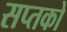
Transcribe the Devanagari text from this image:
सप्तको